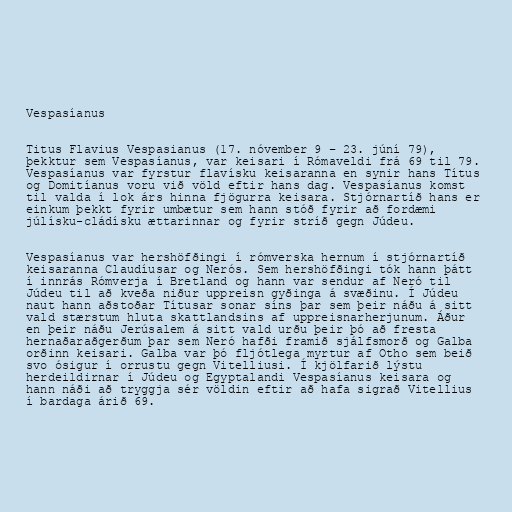
Vespasíanus

Titus Flavius Vespasianus (17. nóvember 9 – 23. júní 79),
þekktur sem Vespasíanus, var keisari í Rómaveldi frá 69 til 79.
Vespasíanus var fyrstur flavísku keisaranna en synir hans Títus
og Domitíanus voru við völd eftir hans dag. Vespasíanus komst
til valda í lok árs hinna fjögurra keisara. Stjórnartíð hans er
einkum þekkt fyrir umbætur sem hann stóð fyrir að fordæmi
júlísku-cládísku ættarinnar og fyrir stríð gegn Júdeu.

Vespasíanus var hershöfðingi í rómverska hernum í stjórnartíð
keisaranna Claudíusar og Nerós. Sem hershöfðingi tók hann þátt
í innrás Rómverja í Bretland og hann var sendur af Neró til
Júdeu til að kveða niður uppreisn gyðinga á svæðinu. Í Júdeu
naut hann aðstoðar Títusar sonar síns þar sem þeir náðu á sitt
vald stærstum hluta skattlandsins af uppreisnarherjunum. Áður
en þeir náðu Jerúsalem á sitt vald urðu þeir þó að fresta
hernaðaraðgerðum þar sem Neró hafði framið sjálfsmorð og Galba
orðinn keisari. Galba var þó fljótlega myrtur af Otho sem beið
svo ósigur í orrustu gegn Vitelliusi. Í kjölfarið lýstu
herdeildirnar í Júdeu og Egyptalandi Vespasíanus keisara og
hann náði að tryggja sér völdin eftir að hafa sigrað Vitellius
í bardaga árið 69.